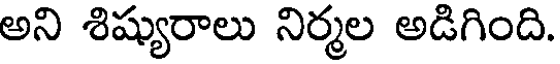
అని శిష్యురాలు నిర్మల అడిగింది.